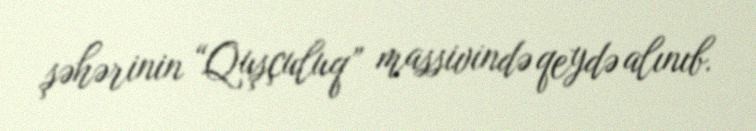
şəhərinin “Quşçuluq” massivində qeydə alınıb.